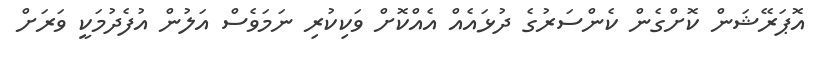
އޮޕަރޭޝަން ކޮށްގެން ކެންސަރުގެ ދުޅައެއް އެއްކޮށް ވަކިކުރި ނަމަވެސް އަލުން އުފެދުމަކީ ވަރަށް